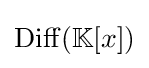
\operatorname {Diff} (\mathbb {K} [x])